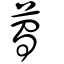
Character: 薥